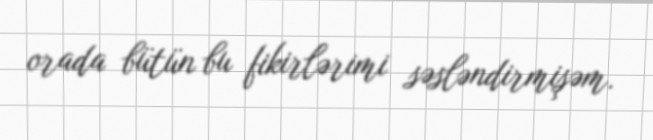
orada bütün bu fikirlərimi səsləndirmişəm.